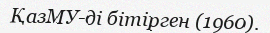
ҚазМУ-ді бітірген (1960).